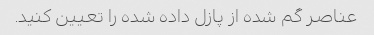
عناصر گم شده از پازل داده شده را تعیین کنید.